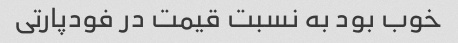
خوب بود به نسبت قیمت در فودپارتی